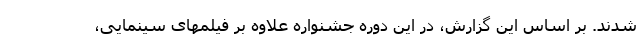
شدند. بر اساس این گزارش، در این دوره جشنواره علاوه بر فیلمهای سینمایی،